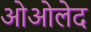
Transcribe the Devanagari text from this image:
ओओलेद